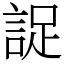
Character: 䛤